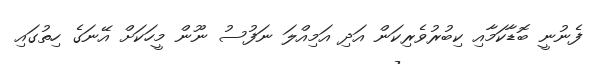
ފެނުނީ ބޮޑާކަމާއި ކިބުރުވެރިކަން އަދި އަމިއްލަ ނަފުސު ނޫން މީހަކަށް އޭނަގެ ހިތުގައި